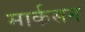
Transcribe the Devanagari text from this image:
मार्कसन